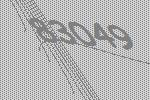
83049